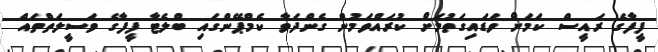
ފީފާގެ ރައީސް ކަމަށް ވަޑައިގަތުމަށް ކުރައްވަމުން ގެންދަވާ ކެމްޕޭންގައި ބްލެޓާ ފީފާގެ ވަސީލަތްތައް